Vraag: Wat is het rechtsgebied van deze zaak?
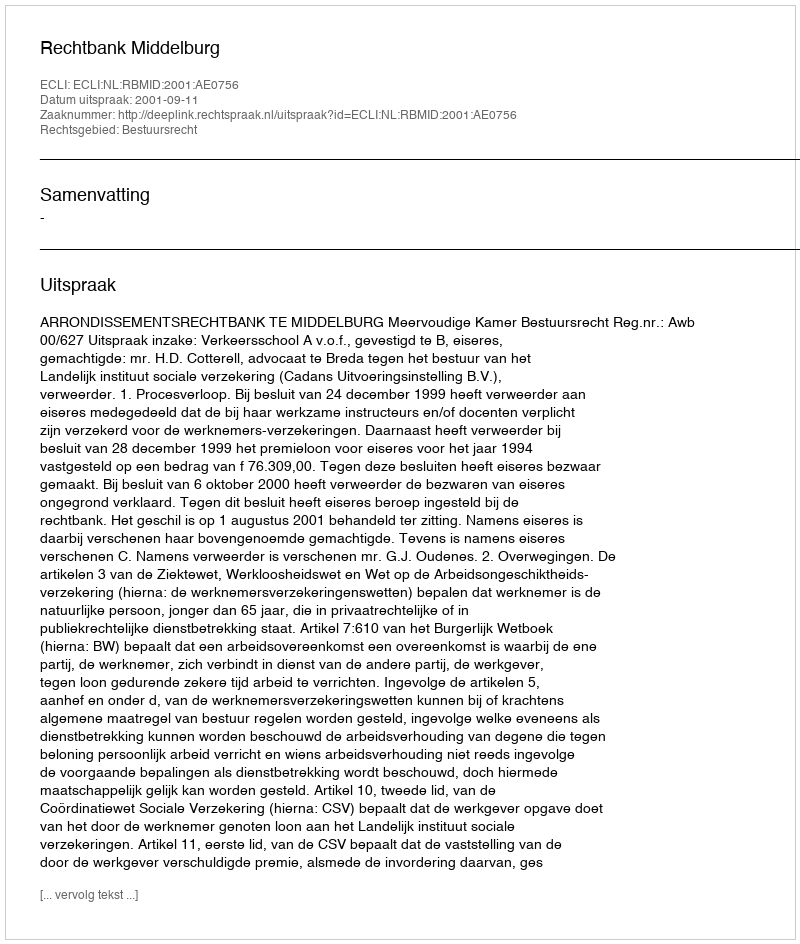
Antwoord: Bestuursrecht